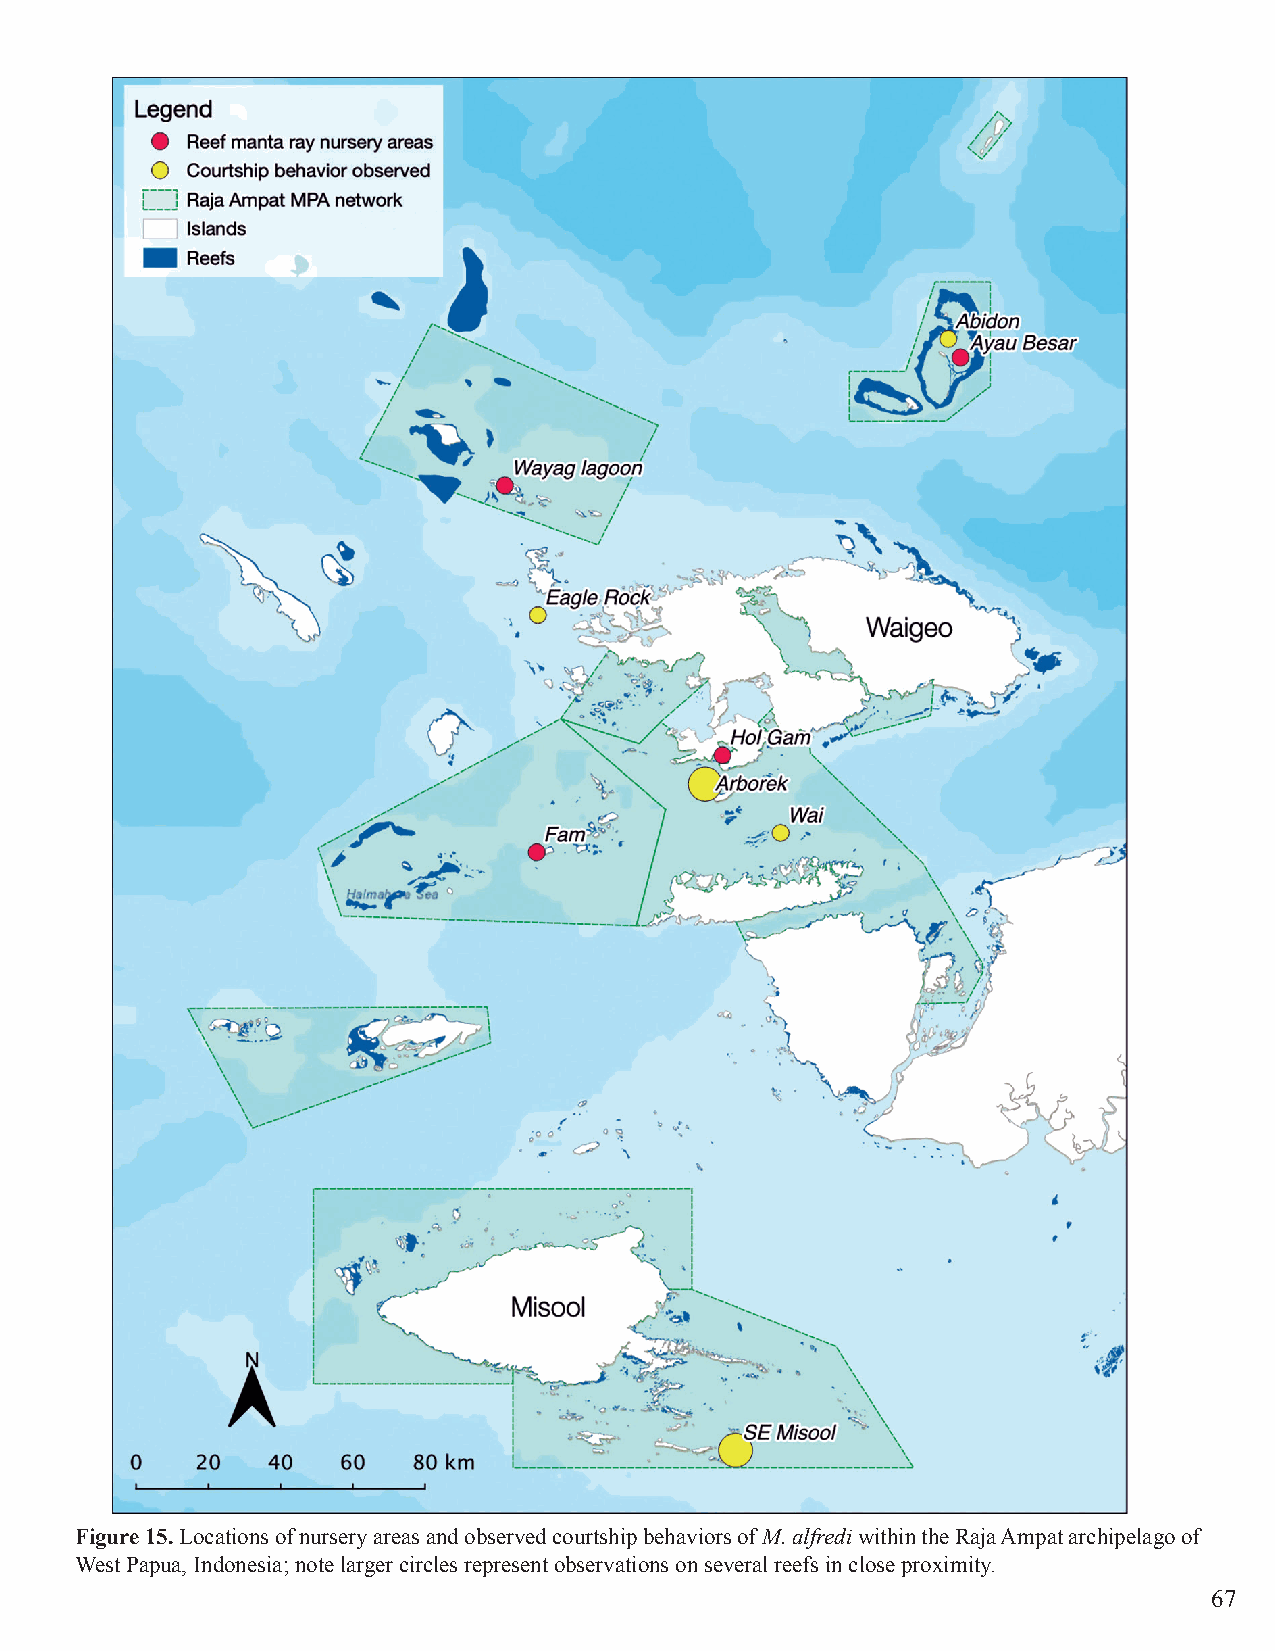
Figure 15. Locations of nursery areas and observed courtship behaviors of M. alfredi within the Raja Ampat archipelago of
 West Papua, Indonesia; note larger circles represent observations on several reefs in close proximity.
 67